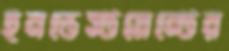
ইনভেস্টমেন্টের